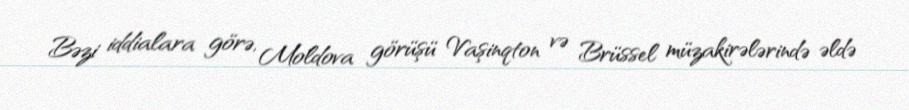
Bəzi iddialara görə, Moldova görüşü Vaşinqton və Brüssel müzakirələrində əldə